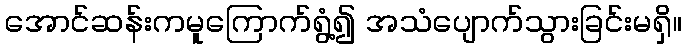
အောင်ဆန်းကမူကြောက်ရွံ့၍ အသံပျောက်သွားခြင်းမရှိ။